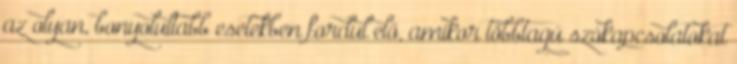
az olyan, bonyolultabb esetekben fordul elő, amikor többtagú szókapcsolatokat